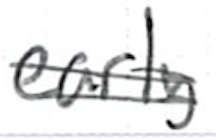
Text: early
Cross-out: double-line
Writing tool: ballpoint